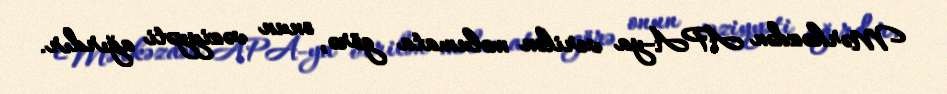
Mərkəzdən APA-ya verilən məlumata görə, onun vəziyyəti ağırdır.